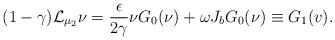
LaTeX: \begin{align*} (1-\gamma)\mathcal L_{\mu_2}\nu =\frac{\epsilon}{2\gamma} \nu G_0(\nu)+\omega J_bG_0(\nu)\equiv G_1(v).\end{align*}